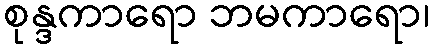
စုန္ဒကာရော ဘမကာရော၊